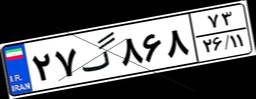
۳۰گ۱۲۶۵۲